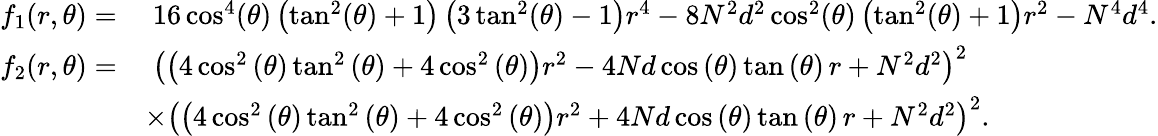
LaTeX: \begin{array}{rl}{f_{1}(r,\theta)=}&{\; 16\cos^{4}(\theta)\left(\tan^{2}(\theta)+1\right)\left(3\tan^{2}(\theta)-1\right)r^{4}-8N^{2}d^{2}\cos^{2}(\theta)\left(\tan^{2}(\theta)+1\right)r^{2}-N^{4}d^{4}.}\\ {f_{2}(r,\theta)=}&{\; \left(\left(4\cos^{2}\left(\theta\right)\tan^{2}\left(\theta\right)+4\cos^{2}\left(\theta\right)\right)r^{2}-4Nd\cos\left(\theta\right)\tan\left(\theta\right)\, r+N^{2}d^{2}\right)^{2}}\\ &{\times\left(\left(4\cos^{2}\left(\theta\right)\tan^{2}\left(\theta\right)+4\cos^{2}\left(\theta\right)\right)r^{2}+4Nd\cos\left(\theta\right)\tan\left(\theta\right)\, r+N^{2}d^{2}\right)^{2}.}\end{array}